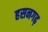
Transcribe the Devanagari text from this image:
हसनगढ़